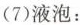
(7)液泡：